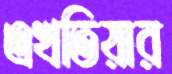
এখতিয়ার